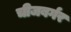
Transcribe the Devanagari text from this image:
चीजबर्गर